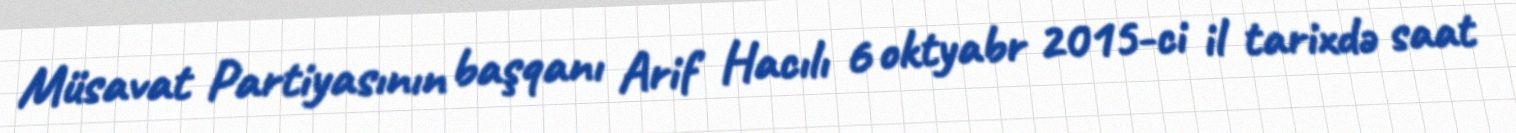
Müsavat Partiyasının başqanı Arif Hacılı 6 oktyabr 2015-ci il tarixdə saat